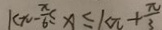
k \pi - \frac { \pi } { 6 } \leq x \leq k \pi + \frac { \pi } { 3 }